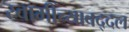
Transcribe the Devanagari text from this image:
स्वामींच्याबद्दल